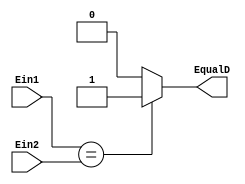
`timescale 1ns / 1ps
//////////////////////////////////////////////////////////////////////////////////
// Company: 
// Engineer: 
// 
// Design Name: 
// Module Name: Equal
// Project Name: 
// Target Devices: 
// Tool Versions: 
// Description: 
// 
// Dependencies: 
// 
// Revision:
// Revision 0.01 - File Created
// Additional Comments:
// 
//////////////////////////////////////////////////////////////////////////////////


module Equal #(parameter Size = 32)(
    input [Size-1:0] Ein1,
    input [Size-1:0] Ein2,
    output EqualD
    );
    assign EqualD = (Ein1 == Ein2)?1'b1:1'b0;
endmodule